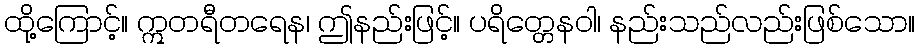
ထို့ကြောင့်။ ဣတရီတရေန၊ ဤနည်းဖြင့်။ ပရိတ္တေနဝါ၊ နည်းသည်လည်းဖြစ်သော။